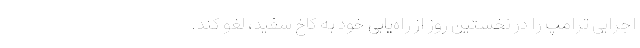
اجرایی ترامپ را در نخستین روز از راه‌یابی خود به کاخ سفید، لغو کند.